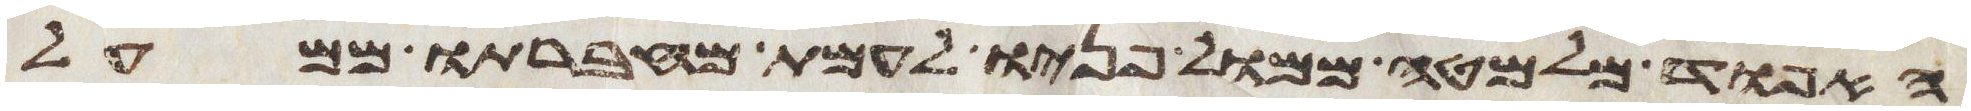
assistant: האפוד מלמטה ממול פניו לעמת מחברתו ממעל